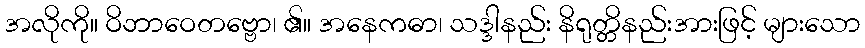
အလိုကို။ ဝိဘာဝေတဗ္ဗော၊ ၏။ အနေကဓာ၊ သဒ္ဒါနည်း နိရုတ္တိနည်းအားဖြင့် များသော